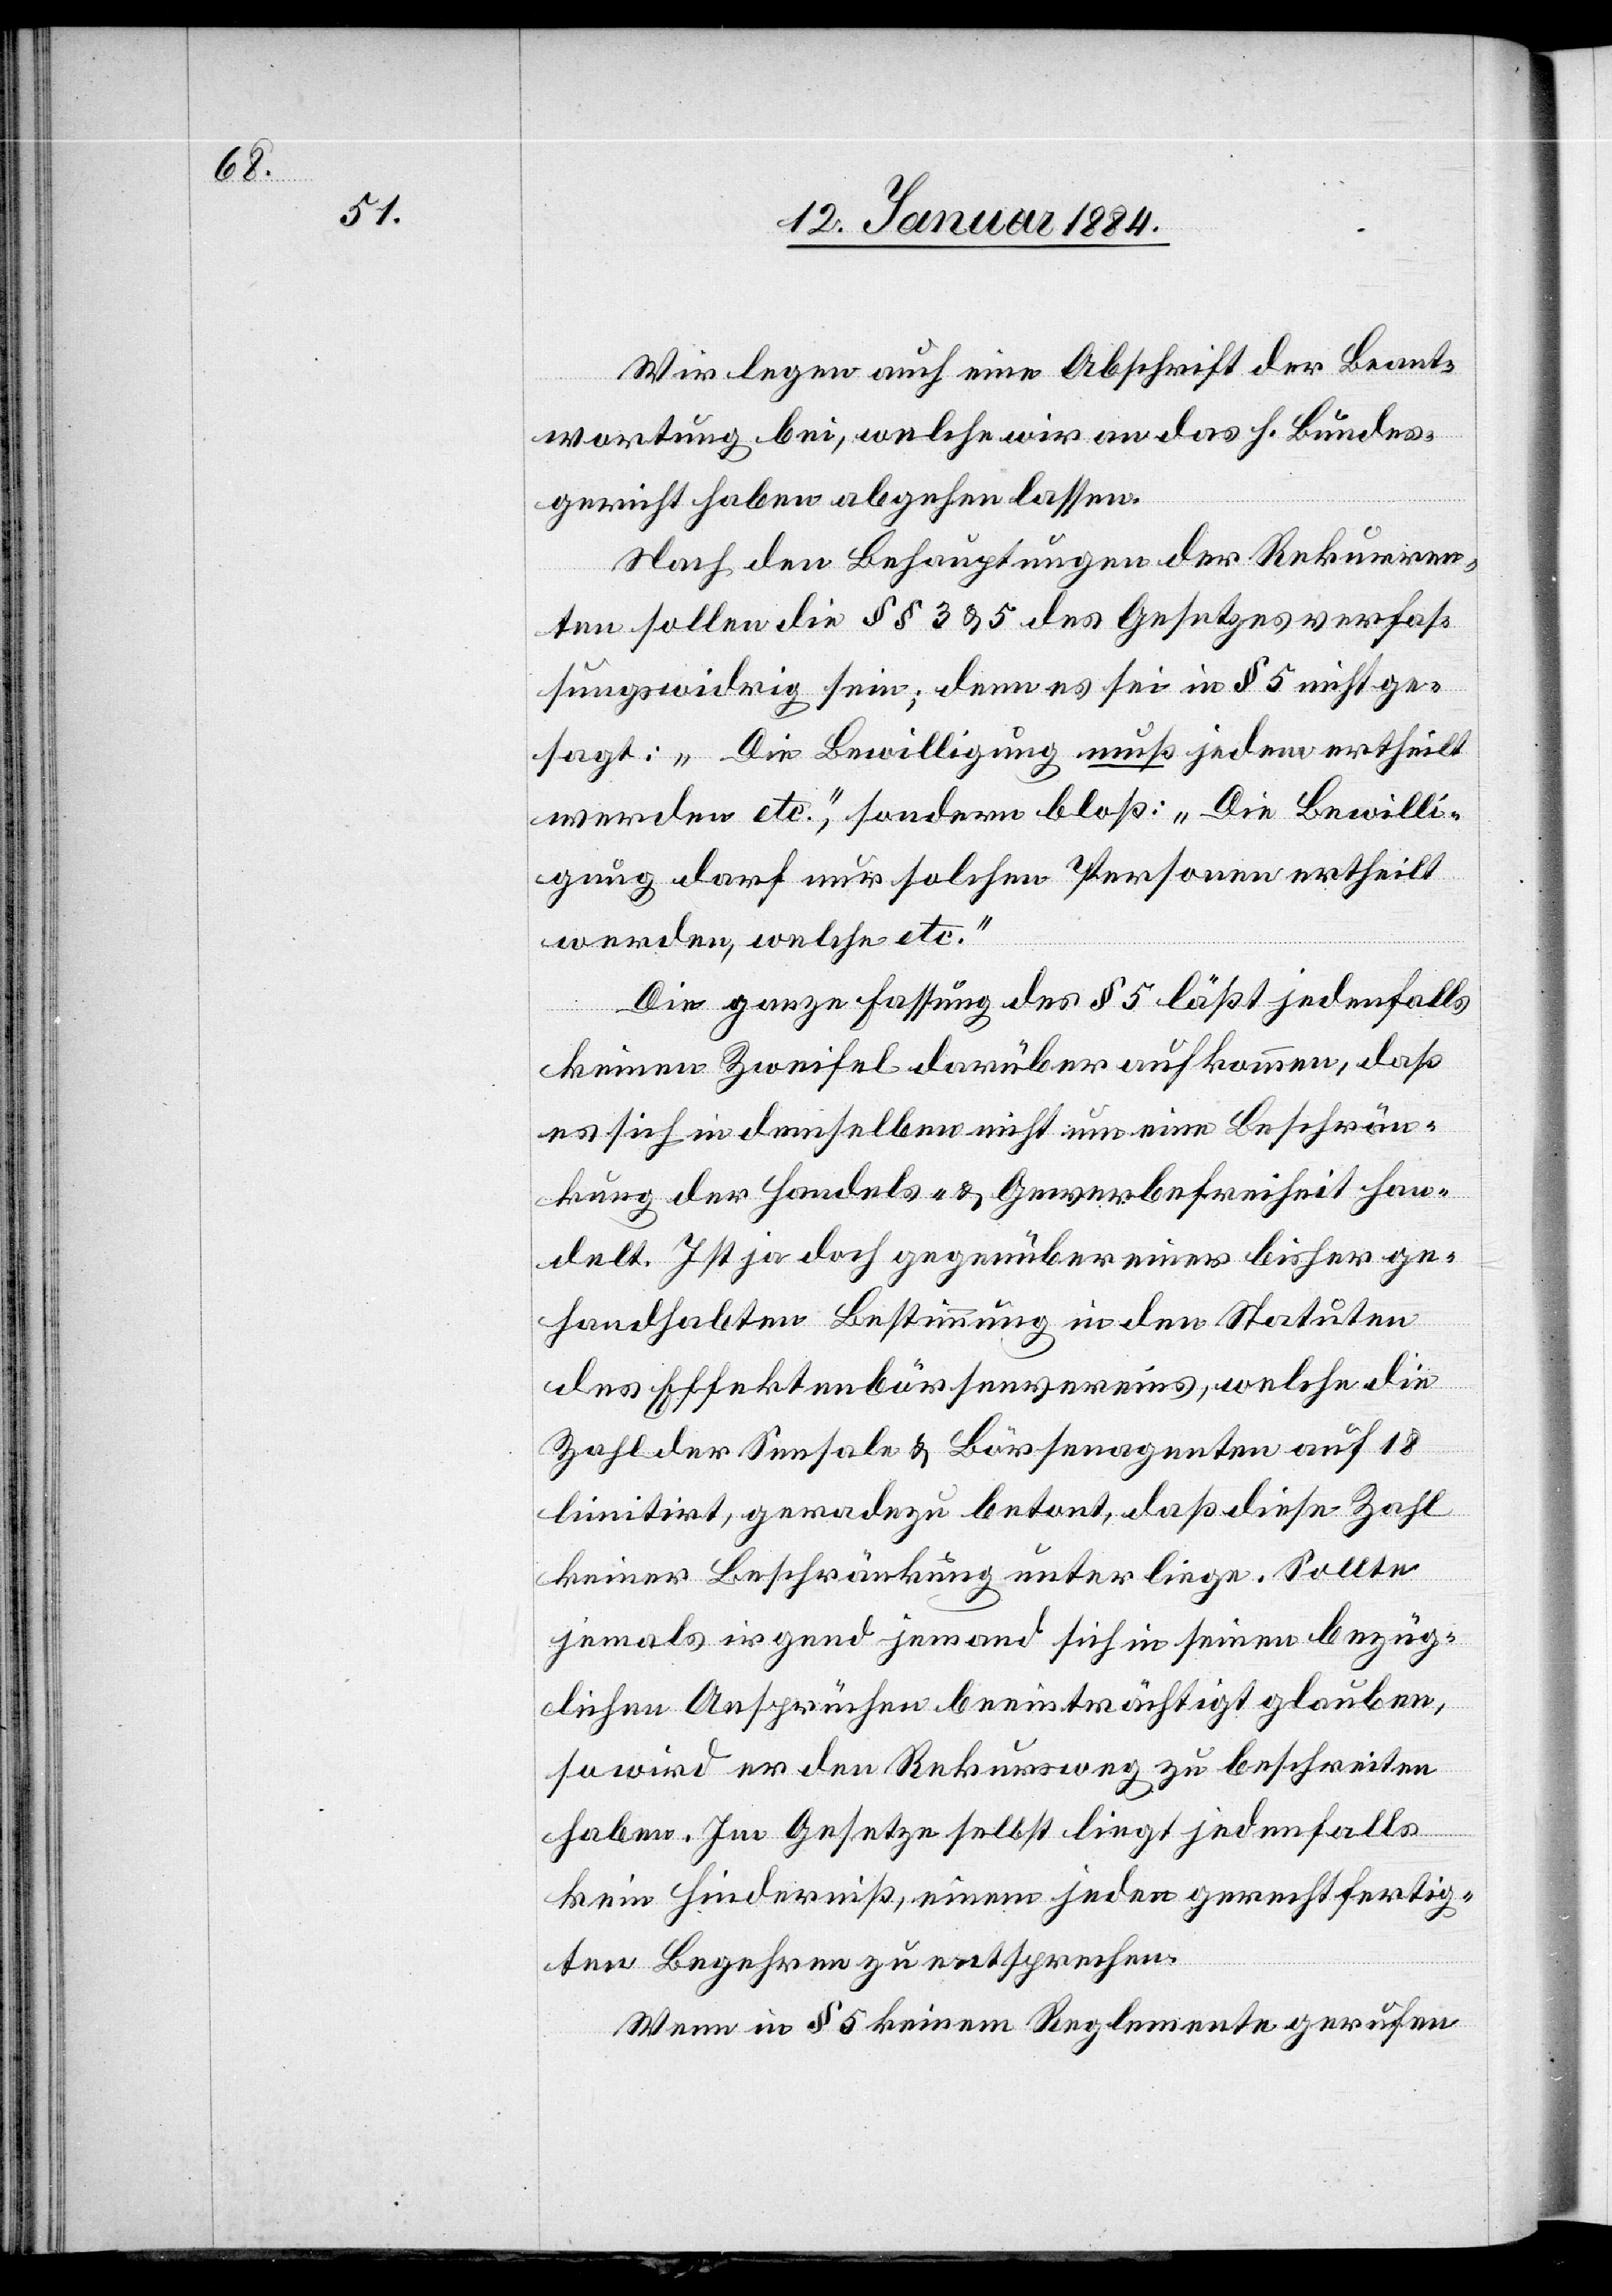
Wir legen auch eine Abschrift der Beant¬
wortung bei, welche wir an das h. Bundes¬
gericht haben abgehen lassen.
Nach den Behauptungen der Rekurren¬
ten sollen die §§ 3 & 5 des Gesetzes verfas¬
sungswidrig sein; denn es sei in § 5 nicht ge¬
sagt: „Die Bewilligung muß jedem ertheilt
werden etc.“, sondern bloß: „Die Bewilli¬
gung darf nur solchen Personen ertheilt
werden, welche etc.“
Die ganze Fassung des § 5 läßt jedenfalls
keinen Zweifel darüber aufkommen, daß
es sich in demselben nicht um eine Beschrän¬
kung der Handels- & Gewerbefreiheit han¬
delt. Ist ja doch gegenüber einer bisher ge¬
handhabten Bestimmung in den Statuten
des Effektenbörsenvereins, welche die
Zahl der Sensale & Börsenagenten auf 18
limitiert, geradezu betont, daß diese Zahl
keiner Beschränkung unterliege. Sollte
jemals irgend jemand sich in seinen bezüg¬
lichen Ansprüchen beeinträchtigt glauben,
so wird er den Rekursweg zu beschreiten
haben. Im Gesetze selbst liegt jedenfalls
kein Hinderniß, einem jeden gerechtfertig¬
ten Begehren zu entsprechen.
Wenn in § 5 keinem Reglemente gerufen